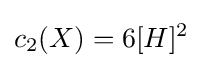
c_{2}(X)=6[H]^{2}